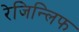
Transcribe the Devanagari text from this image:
रेजिन्लिफ